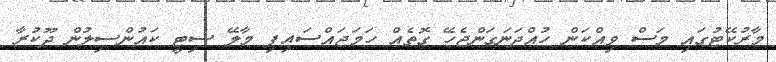
މާރުކޭޓުގައި މަސް ވިއްކަން ހުއްދަނަގަންޖެހޭ ގޮތެއް ހަމަޖައްސައިފި މާލޭ ސިޓީ ކައުންސިލުން ދޫކުރާ